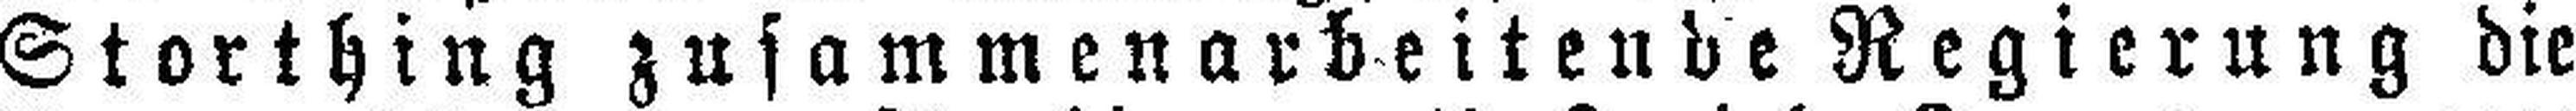
Storthing zusammenarbeitende Regierung die